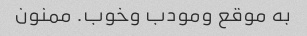
به موقع ومودب وخوب. ممنون